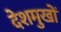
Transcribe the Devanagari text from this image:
देशमुखों